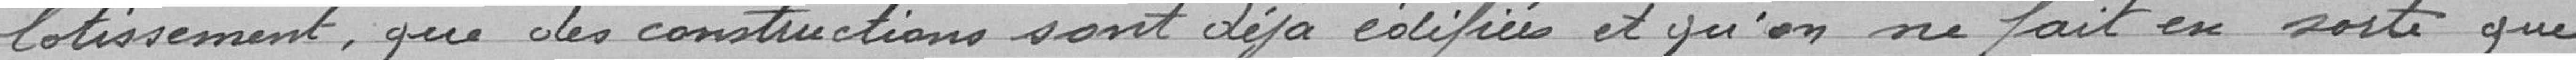
lotissement, que des constructions sont déjà édifiées et qu'on ne fait en sorte que